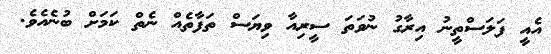
އެއީ ފަލަސްތީނު އިރާގު ނުވަތަ ސީރިއާ ވިޔަސް ތަފާތެއް ނެތް ކަމަށް ބުނެއެވެ.